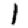
Digit: 1